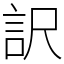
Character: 訳